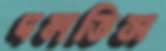
দলতিস